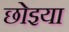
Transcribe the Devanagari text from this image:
छोइया